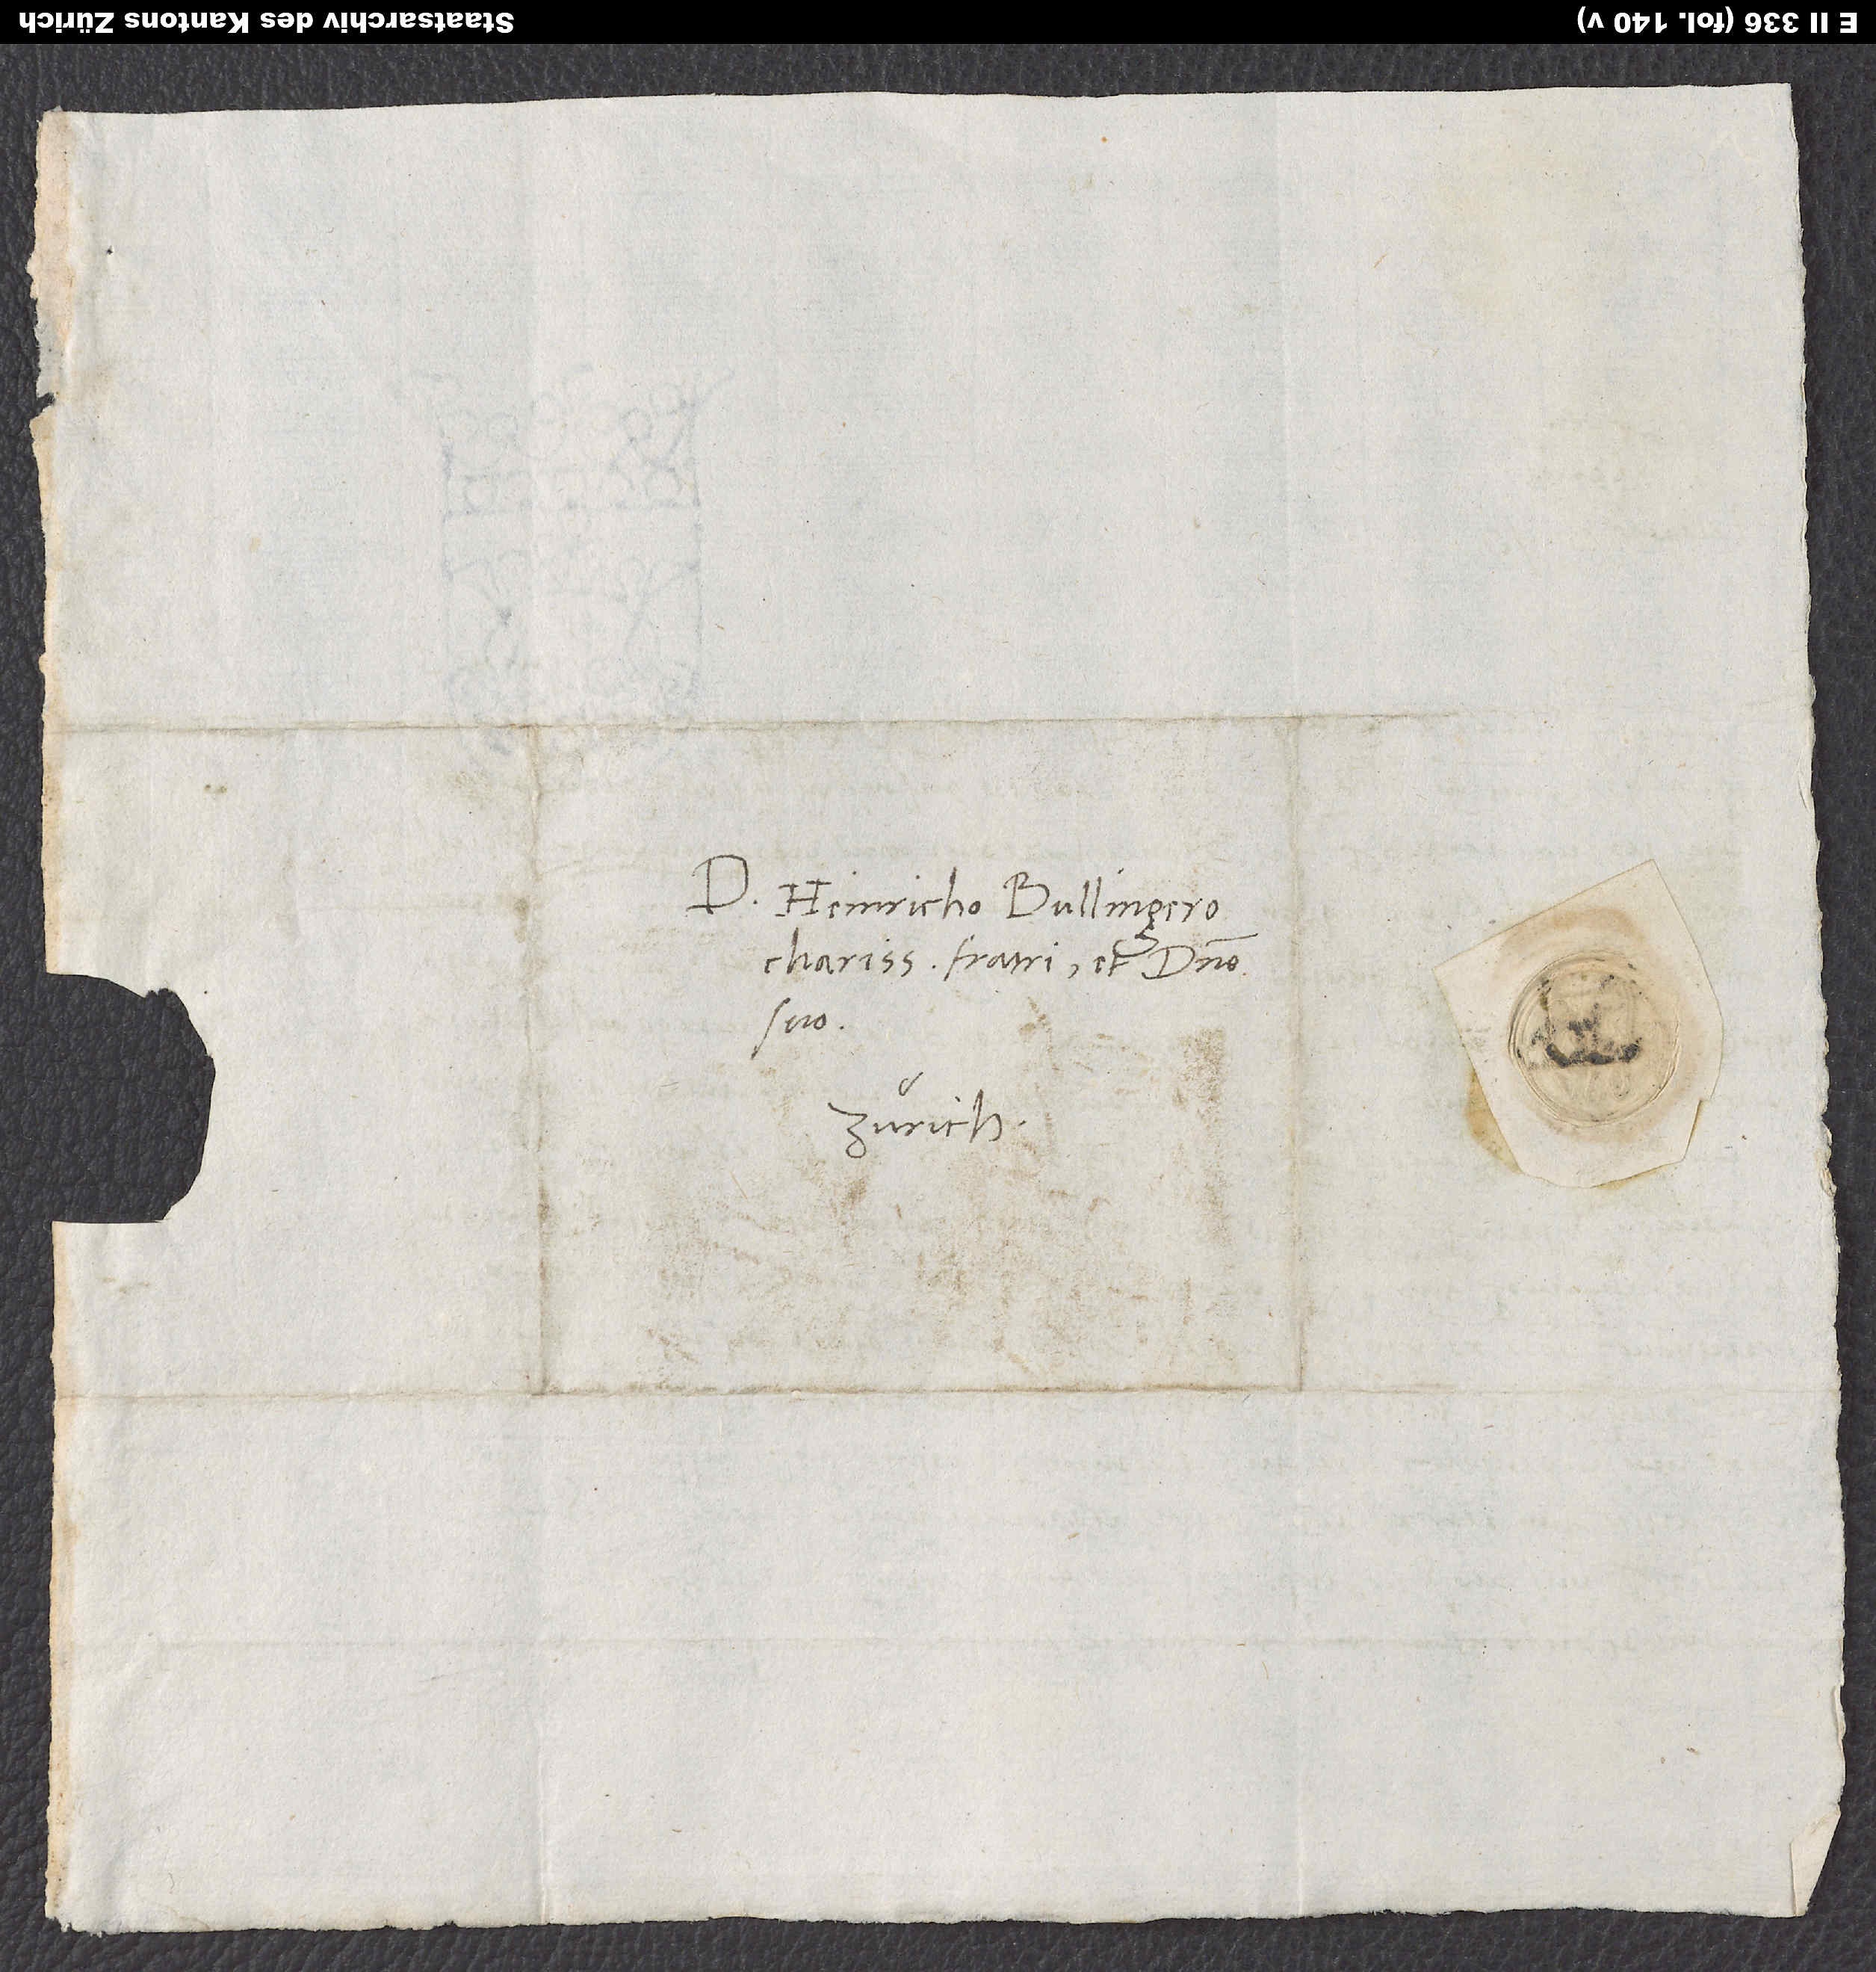
Domino Heinricho Bullingero,
charissimo fratri et domino
suo.
Zürich.